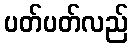
ပတ်ပတ်လည်